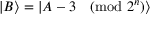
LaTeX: | B \rangle = | A - 3 { \pmod { 2 ^ { n } } } \rangle